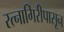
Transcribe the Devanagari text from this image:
रत्‍नागिरीपासून